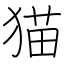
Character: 猫